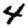
Digit: 4